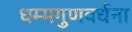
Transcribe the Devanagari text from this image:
धम्मगुणवर्धना